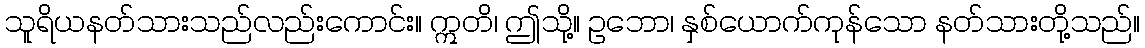
သူရိယနတ်သားသည်လည်းကောင်း။ ဣတိ၊ ဤသို့။ ဥဘော၊ နှစ်ယောက်ကုန်သော နတ်သားတို့သည်။